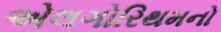
એલગોરિથમનો